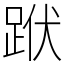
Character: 䟮